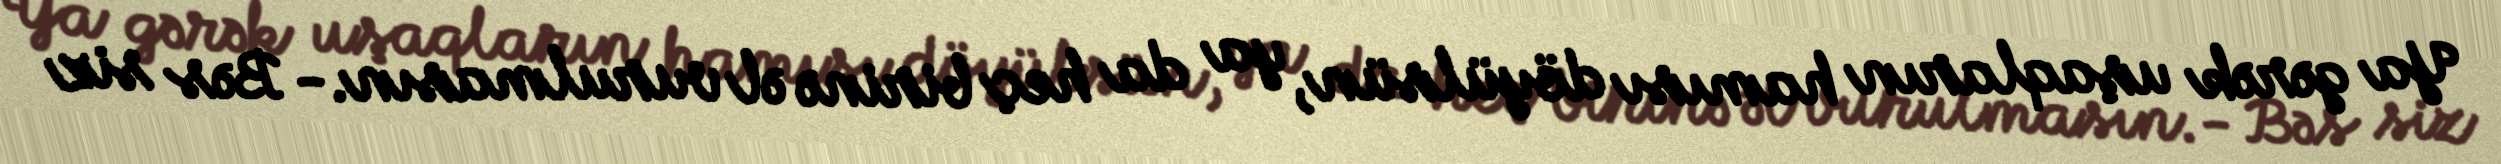
Ya gərək uşaqların hamısı döyülsün, ya da heç birinə əl vurulmasın.- Bəs siz